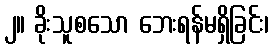
၂။ ခိုးသူစသော ဘေးရန်မရှိခြင်း၊